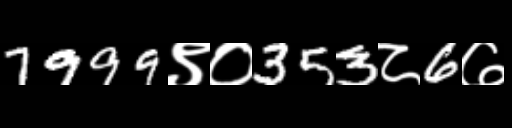
Text: 7999९०353८6७